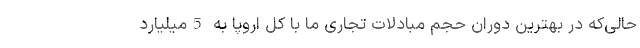
حالی‌که در بهترین دوران حجم مبادلات تجاری ما با کل اروپا به 5میلیارد